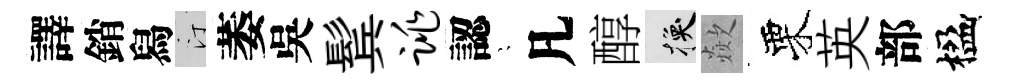
譯銷舄汀萎吳鬂跳認隠凡醇换歘栗英部楹